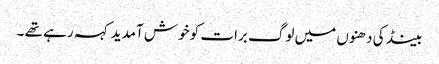
بینڈ کی دھنوں میں لوگ برات کو خوش آمدید کہہ رہے تھے ۔